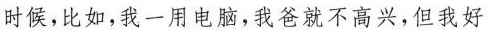
时候，比如，我一用电脑，我爸就不高兴，但我好